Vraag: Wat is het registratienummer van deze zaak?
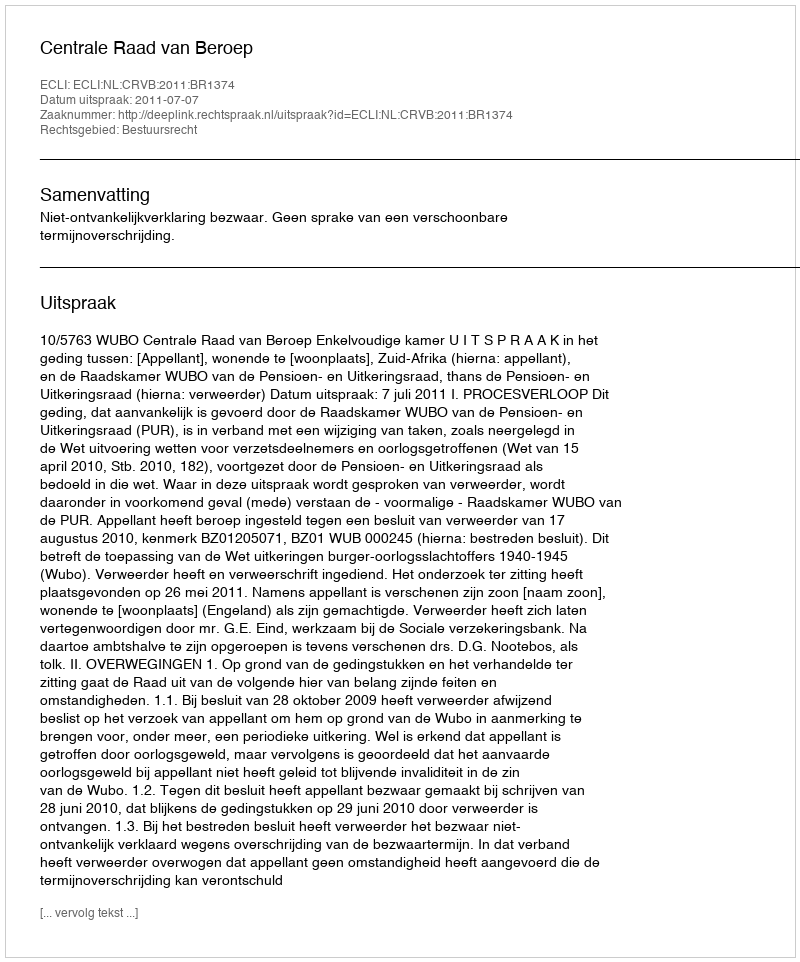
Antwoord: http://deeplink.rechtspraak.nl/uitspraak?id=ECLI:NL:CRVB:2011:BR1374